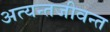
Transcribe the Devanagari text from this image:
अत्यन्तजीवन्त